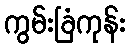
ကွမ်းခြံကုန်း